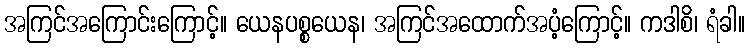
အကြင်အကြောင်းကြောင့်။ ယေနပစ္စယေန၊ အကြင်အထောက်အပံ့ကြောင့်။ ကဒါစိ၊ ရံခါ။